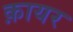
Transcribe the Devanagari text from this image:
क़ायर